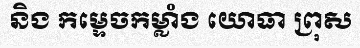
និង កម្ទេចកម្លាំង យោធា ព្រុស